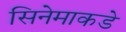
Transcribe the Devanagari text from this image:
सिनेमाकडे